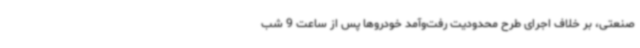
صنعتی، بر خلاف اجرای طرح محدودیت رفت‌وآمد خودروها پس از ساعت 9 شب